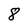
Character: 8